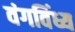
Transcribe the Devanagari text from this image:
वंगविंध्य